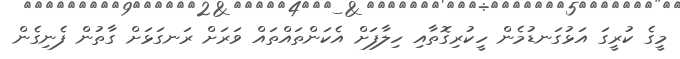
މީގެ ކުރީގަ އަޅުގަނޑުމެން ހީކުރިގޮތާއި ހިލާފަށް އެކަންތައްތައް ވަރަށް ރަނގަޅަށް ގާތުން ފެނިގެން